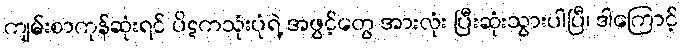
ကျမ်းစာကုန်ဆုံးရင် ပိဋကသုံးပုံရဲ့ အဖွင့်တွေ အားလုံး ပြီးဆုံးသွားပါပြီ၊ ဒါကြောင့်